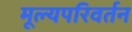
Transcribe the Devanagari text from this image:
मूल्यपरिवर्तन